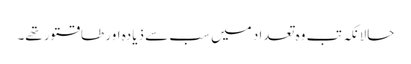
حالانکہ تب وہ تعداد میں سب سے ذیادہ اور طاقتور تھے۔